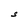
Character: S